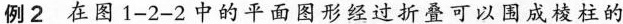
例2 在图1-2-2中的平面图形经过折叠可以围成棱柱的